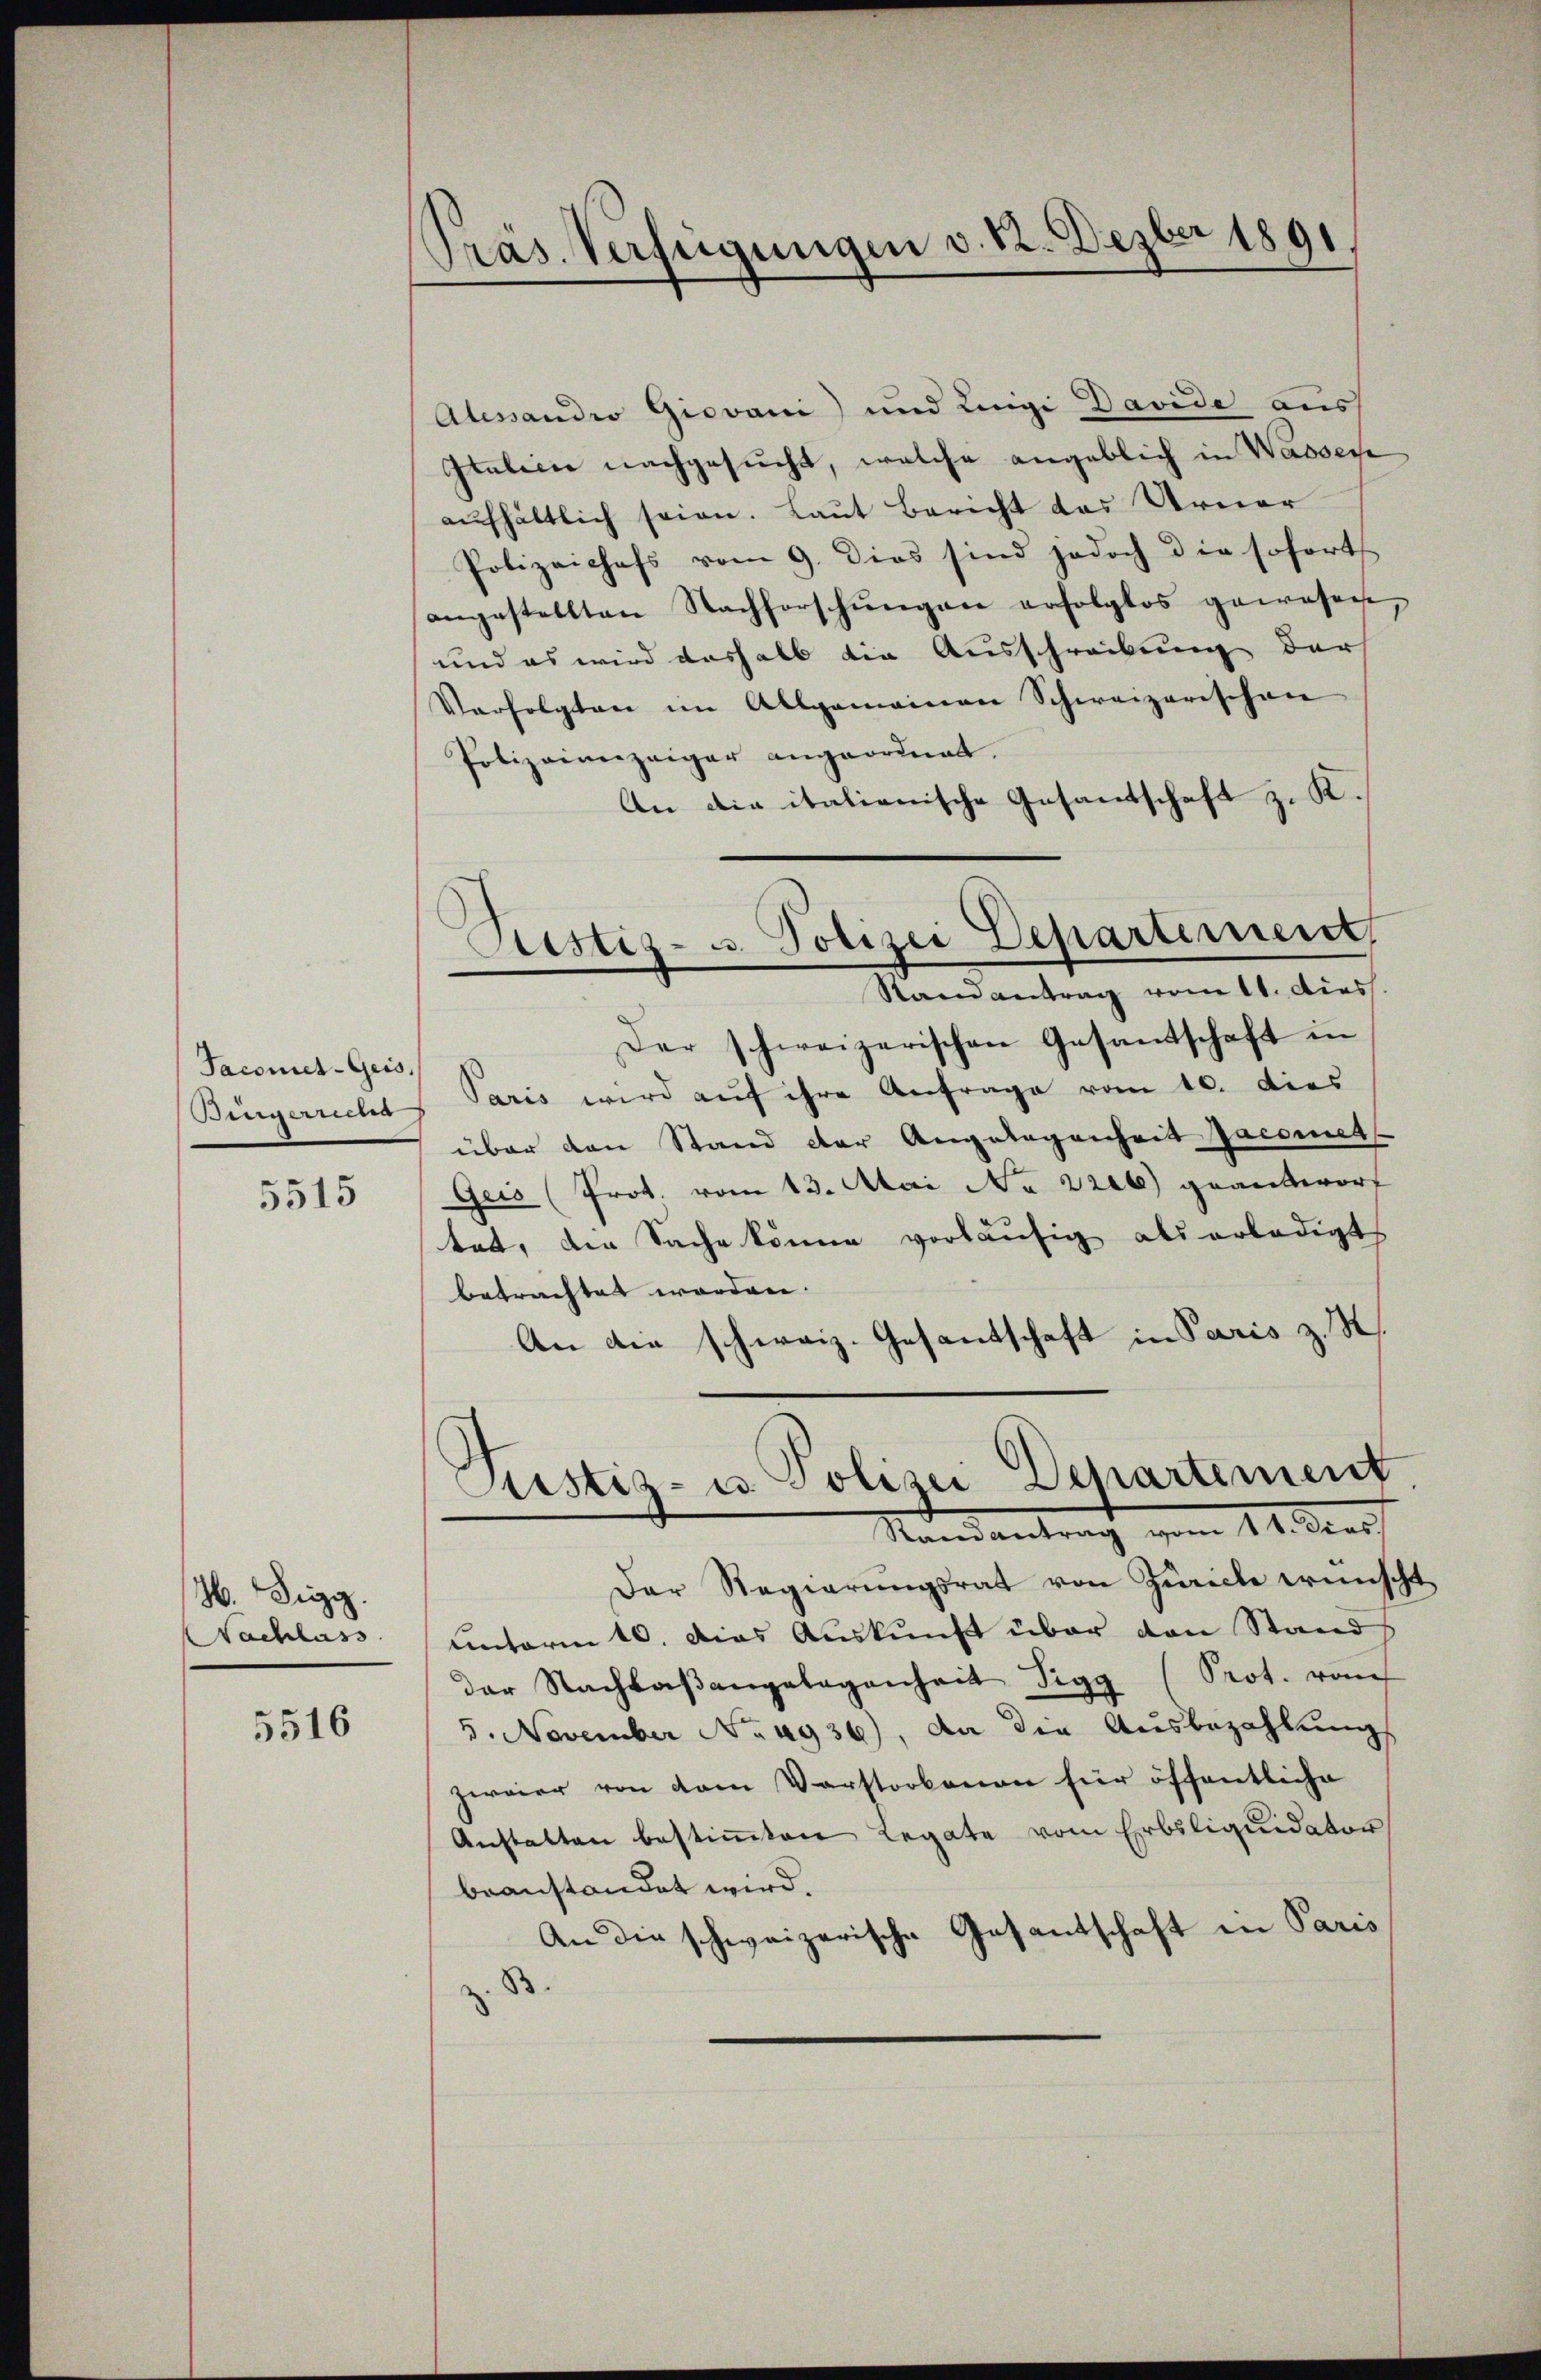
Sacomet-Geis.
Bürgerreche

5515

H. Sigg
Nachlass

5516

Präs. Verfügungen v. 12. Dezber 1891

Alessandro Giovani) und Luigi Davide aus
Italicie nachgesucht, welche angeblich in Wassere
aufhältlich seien. Laut Bericht des Urner
Polizeichefs vom 9. Dies sind jedoch die soforts
angestellten Nachforschŭngen erfolglos gewesen,
und es wird deshalb die Ausschreibung der
Verfolgten im Allgemeinen Schweizerischen
Polizeianzeiger angeordnet.
An die italienische Gesandschaft z. K.
Der schweizerischen Gesandtschaft in
Paris wird aŭf ihre Anfrage vom 10. dies
über den Stand der Angelegenheit Jacomet
Geis (Prot. vom 13. Mai No 226) geantwort
tet, die Sache könne vorläufig als erledigt
betrachtet worden.
An die schweiz. Gesandschaft in Paris z. S.
Justiz- u Polizei Departement
Randantrag vom 14. Dies
Der Regierŭngsrat von Zürich wünsch
unterm 10. dies Auskunft über von Stand
der Nachbaβangelegenheit Sigg (Prot. von
5. November No 4936), da die Ausbezahlungs
zweier von dem Verstorbenen für öffentliche
Anstatten bestiṁten Legate vom Erbsliquidator
beanstandet wird.
Gesantschaft in Paris
An die schweizerische
B

Justiz- u. Polizei Departement
Randantrag vom 11. dies